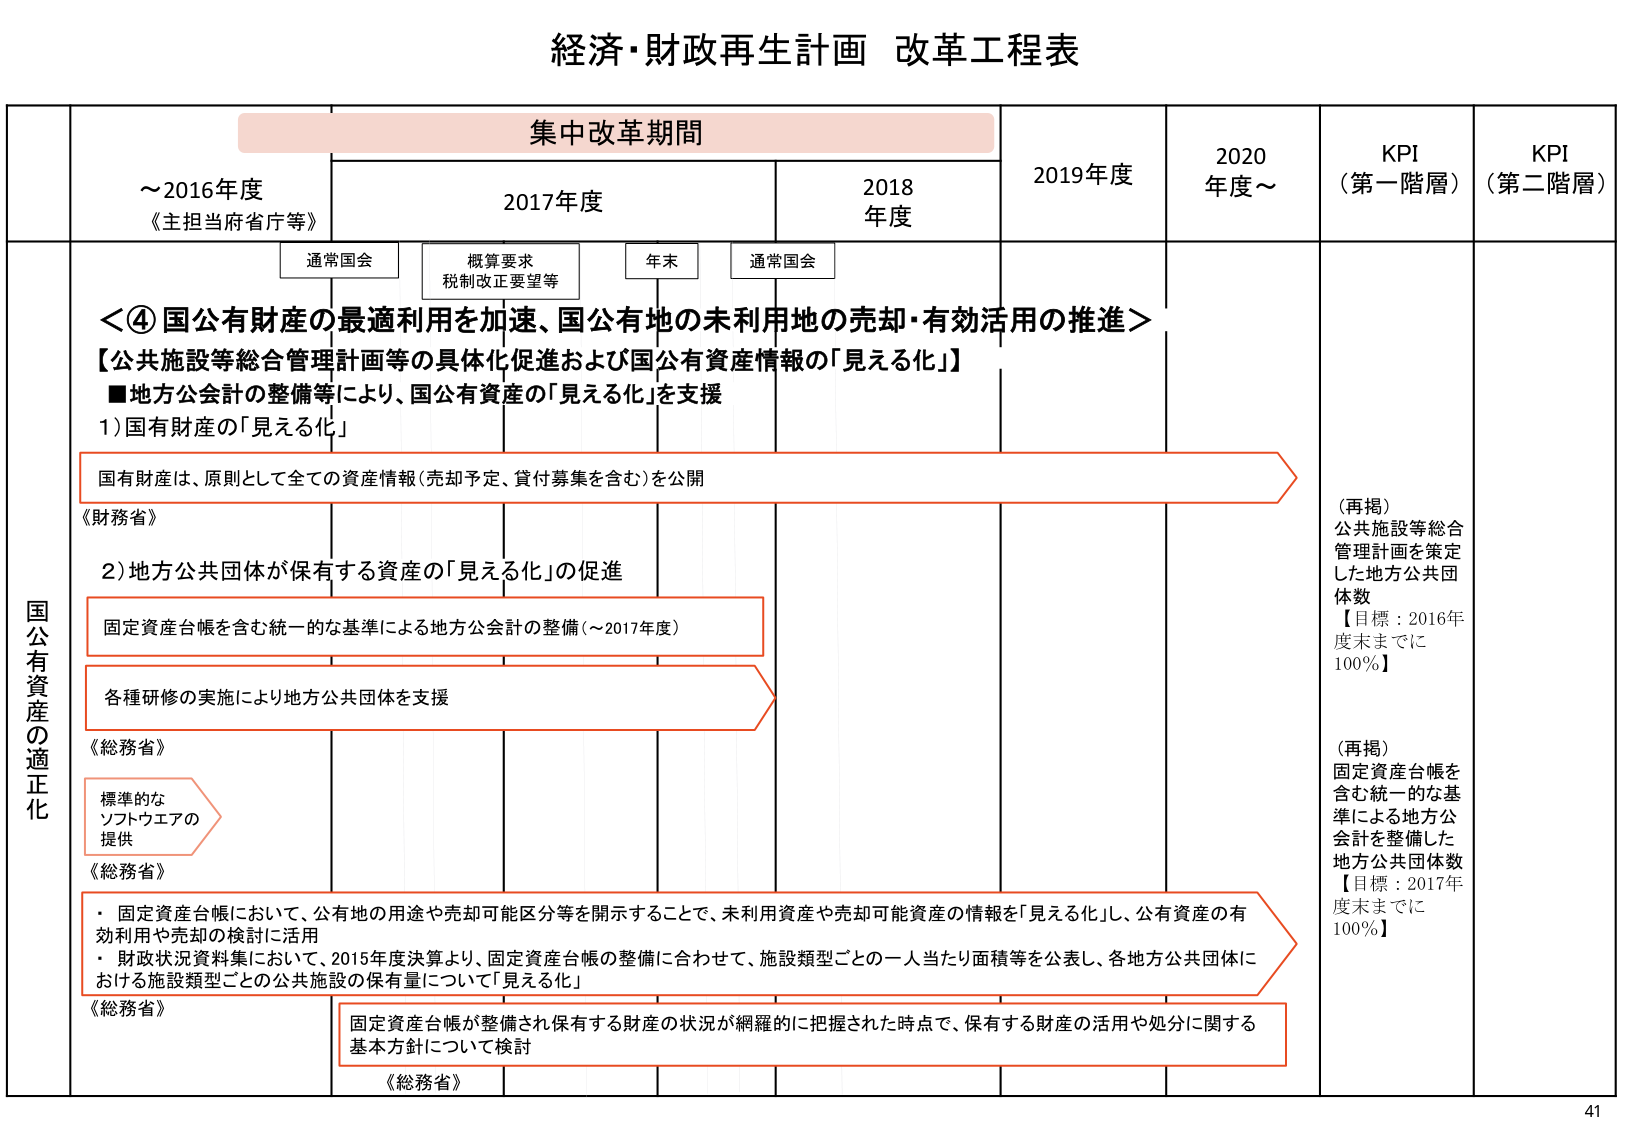
経済・財政再生計画 改革工程表

集中改革期間

～2016年度
《主担当府省庁等》

2017年度

2018年度

2019年度

2020年度～

KPI
（第一階層）

KPI
（第二階層）

通常国会

概算要求
税制改正要望等

年末

通常国会

国公有資産の適正化

＜④ 国公有財産の最適利用を加速、国公有地の未利用地の売却・有効活用の推進＞
【公共施設等総合管理計画等の具体化促進および国公有資産情報の「見える化」】
■地方公会計の整備等により、国公有資産の「見える化」を支援

1）国有財産の「見える化」
国有財産は、原則として全ての資産情報（売却予定、貸付募集を含む）を公開
《財務省》

2）地方公共団体が保有する資産の「見える化」の促進
固定資産台帳を含む統一的な基準による地方公会計の整備（～2017年度）
各種研修の実施により地方公共団体を支援
《総務省》
標準的な
ソフトウエアの
提供
《総務省》

・固定資産台帳において、公有地の用途や売却可能区分等を開示することで、未利用資産や売却可能資産の情報を「見える化」し、公有資産の有効利用や売却の検討に活用
・財政状況資料集において、2015年度決算より、固定資産台帳の整備に合わせて、施設類型ごとの一人当たり面積等を公表し、各地方公共団体における施設類型ごとの公共施設の保有量について「見える化」
《総務省》

固定資産台帳が整備され保有する財産の状況が網羅的に把握された時点で、保有する財産の活用や処分に関する基本方針について検討
《総務省》

（再掲）
公共施設等総合管理計画を策定した地方公共団体数
【目標：2016年度末までに100％】

（再掲）
固定資産台帳を含む統一的な基準による地方公会計を整備した地方公共団体数
【目標：2017年度末までに100％】

41